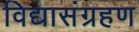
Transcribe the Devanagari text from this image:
विद्यासंग्रहण